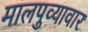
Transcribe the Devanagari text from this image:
मालपुव्यावार